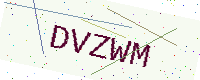
Text: DVZWM